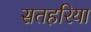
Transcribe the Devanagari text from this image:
सतहरिया